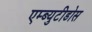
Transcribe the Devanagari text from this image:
एम्ब्युटीडोस